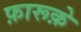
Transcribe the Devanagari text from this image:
फ़ारूक़े